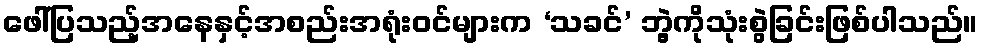
ဖေါ်ပြသည့်အနေနှင့်အစည်းအရုံးဝင်များက ‘သခင်’ ဘွဲ့ကိုသုံးစွဲခြင်းဖြစ်ပါသည်။